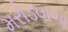
મરોડવાળા